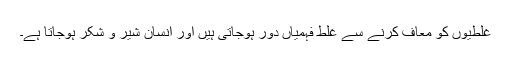
غلطیوں کو معاف کرنے سے غلط فہمیاں دور ہوجاتی ہیں اور انسان شیر و شکر ہوجاتا ہے۔